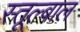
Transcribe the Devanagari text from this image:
स्तूल्बाल